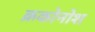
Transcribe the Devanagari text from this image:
क्रकोनोश